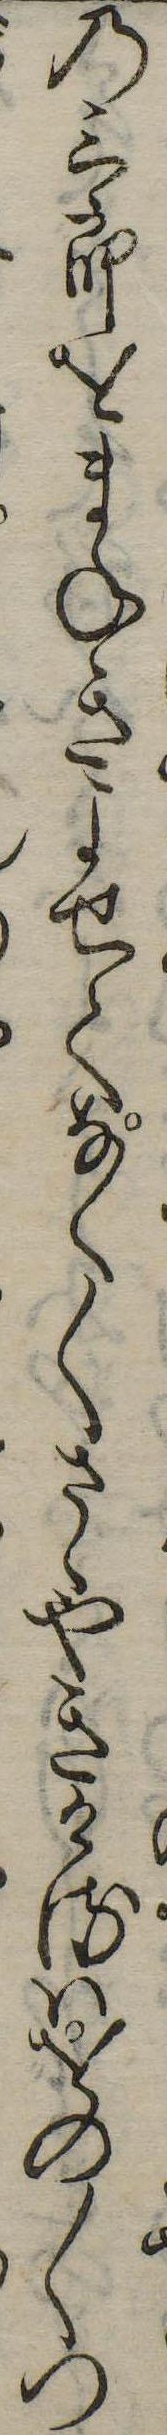
の三郎をまねきよせてなく〱さゝやきけるはをの〱つ